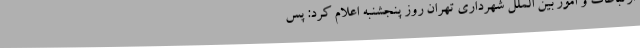
ارتباطات و امور بین الملل شهرداری تهران روز پنجشنبه اعلام کرد: پس